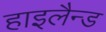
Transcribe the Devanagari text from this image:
हाइलैन्ड